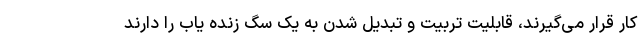
کار قرار می‌گیرند، قابلیت تربیت و تبدیل شدن به یک سگ زنده یاب را دارند